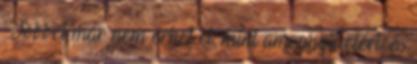
Többet már nem érhet el, mint amennyit elért, és